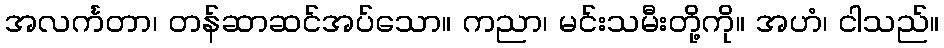
အလင်္ကတာ၊ တန်ဆာဆင်အပ်သော။ ကညာ၊ မင်းသမီးတို့ကို။ အဟံ၊ ငါသည်။